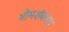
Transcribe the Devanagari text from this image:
भीमशंकरम्